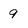
Character: 9